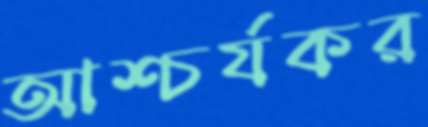
আশ্চর্যকর